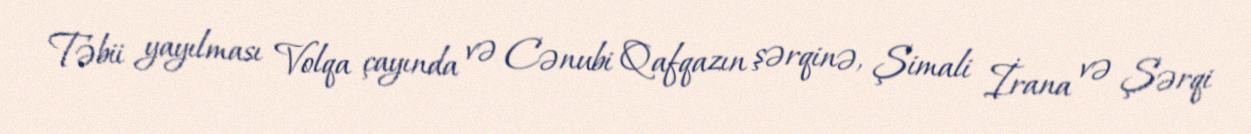
Təbii yayılması Volqa çayında və Cənubi Qafqazın şərqinə, Şimali İrana və Şərqi